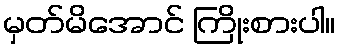
မှတ်မိအောင် ကြိုးစားပါ။